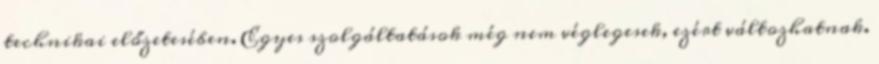
technikai előzetesében. Egyes szolgáltatások még nem véglegesek, ezért változhatnak.